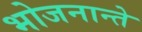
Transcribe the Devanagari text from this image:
भोजनान्ते